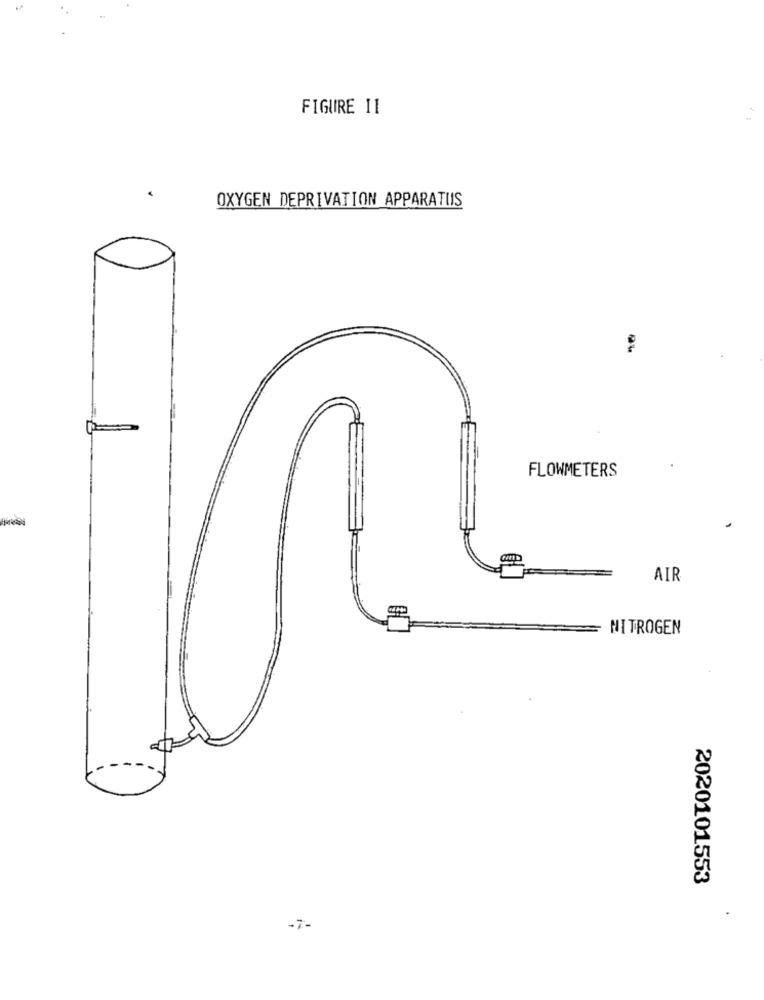
FIGURE 11
OXYGEN DEPRIVATION APPARATUS
FLOWMETERS
AIR
NITROGEN
2020101553
-7-